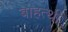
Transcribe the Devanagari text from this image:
बाहत्थी